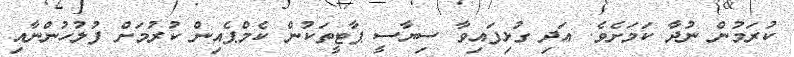
ކުރަމުން ނުދާ ކަމަށެވެ. އަދި ގުޅިފައިވާ ސިޔާސީ ޕާޓީތަކުން ކެމްޕެއިން ކުރުމަށް ފުލުހުންނާއި